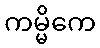
ကမ္မိကေ